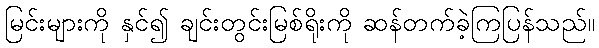
မြင်းများကို နှင်၍ ချင်းတွင်းမြစ်ရိုးကို ဆန်တက်ခဲ့ကြပြန်သည်။